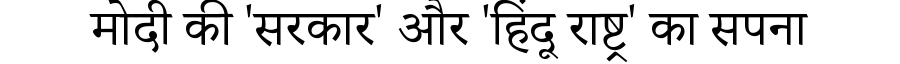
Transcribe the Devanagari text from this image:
मोदी की 'सरकार' और 'हिंदू राष्ट्र' का सपना